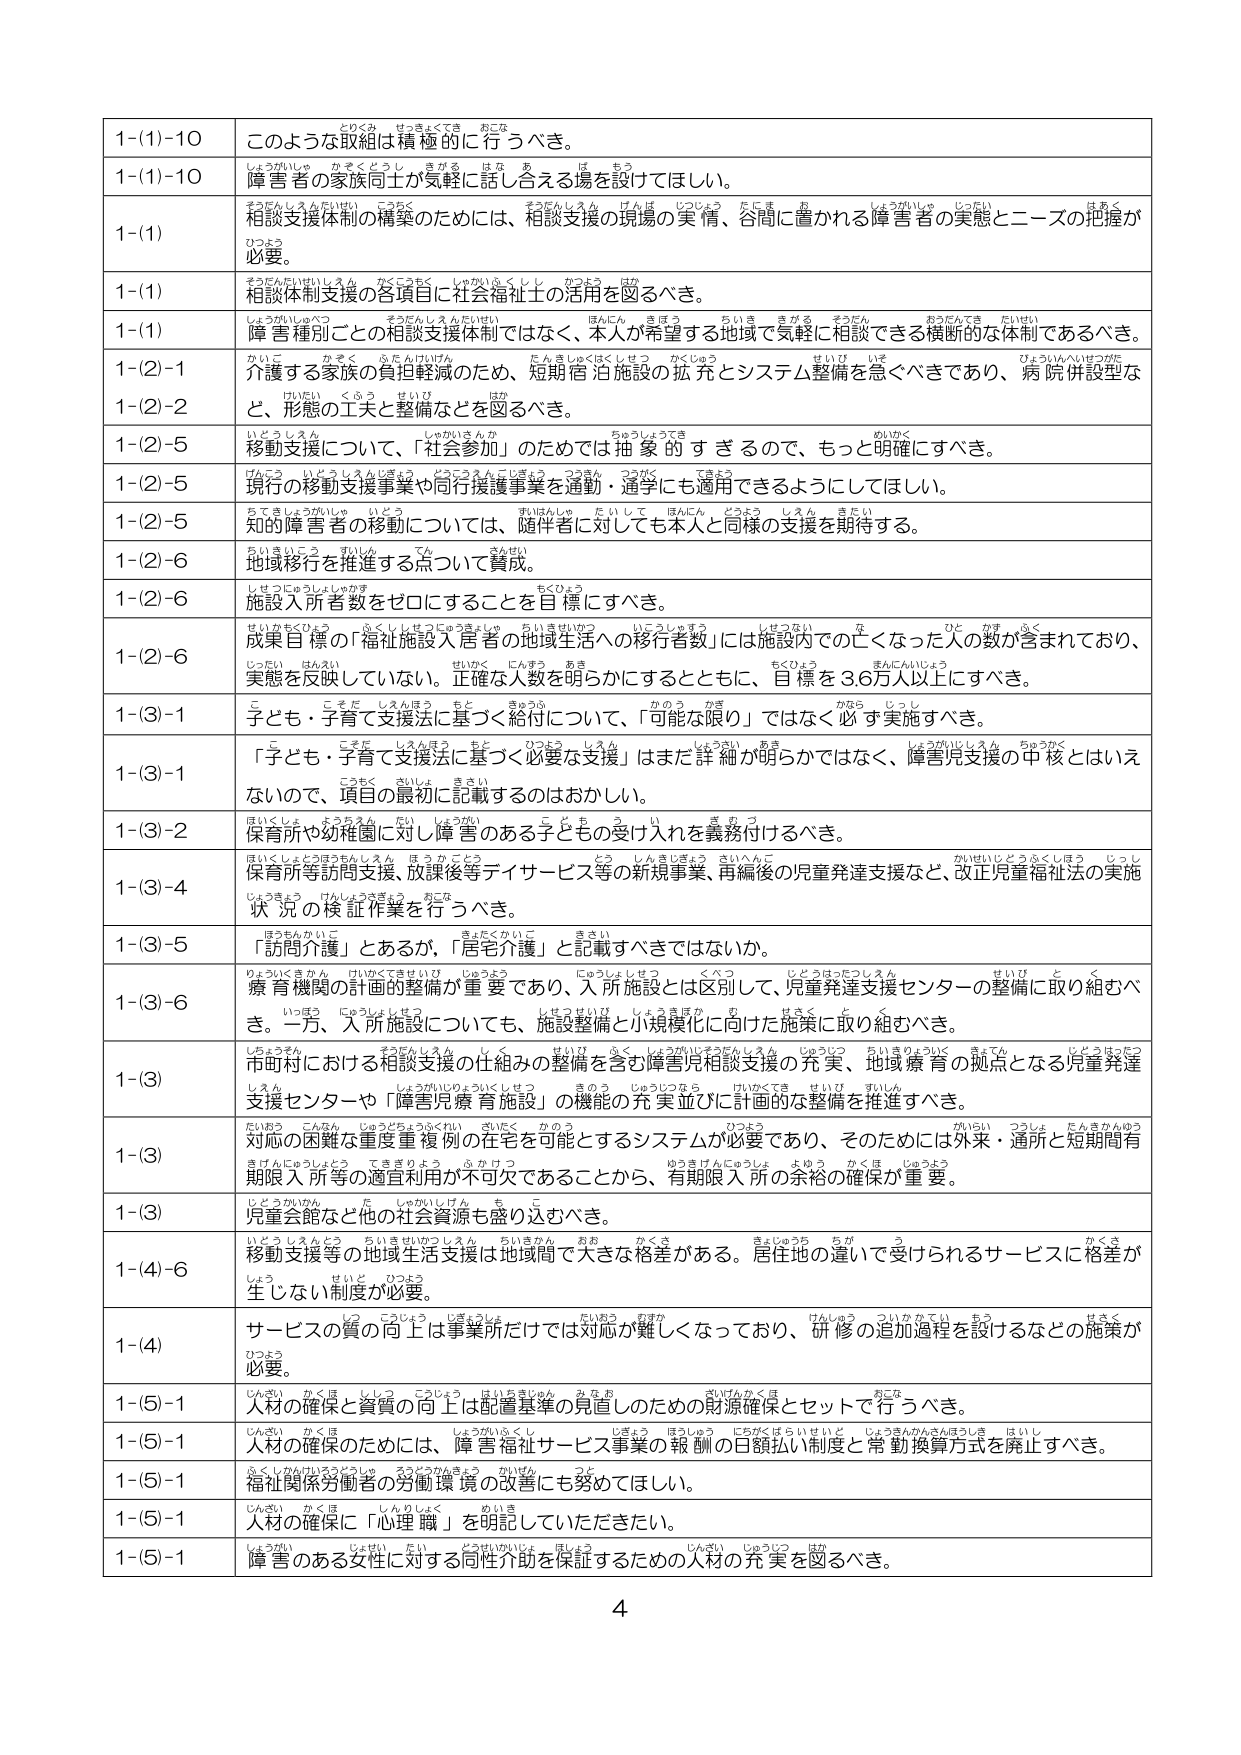
1-(1)-10 このような取組は積極的に行うべき。
1-(1)-10 障害者の家族同士が気軽に話し合える場を設けてほしい。
1-(1) 相談支援体制の構築のためには、相談支援の現場の実情、谷間に置かれる障害者の実態とニーズの把握が必要。
1-(1) 相談体制支援の各項目に社会福祉士の活用を図るべき。
1-(1) 障害種別ごとの相談支援体制ではなく、本人が希望する地域で気軽に相談できる横断的な体制であるべき。
1-(2)-1 介護する家族の負担軽減のため、短期宿泊施設の拡充とシステム整備を急ぐべきであり、病院併設型など、形態の工夫と整備などを図るべき。
1-(2)-5 移動支援について、「社会参加」のためでは抽象的すぎるので、もっと明確にすべき。
1-(2)-5 現行の移動支援事業や同行援護事業を通勤・通学にも適用できるようにしてほしい。
1-(2)-5 知的障害者の移動については、随伴者に対しても本人と同様の支援を期待する。
1-(2)-6 地域移行を推進する点について賛成。
1-(2)-6 施設入所者数をゼロにすることを目標にすべき。
1-(2)-6 成果目標の「福祉施設入居者の地域生活への移行者数」には施設内での亡くなった人数が含まれており、実態を反映していない。正確な人数を明らかにするとともに、目標を3.6万人以上にすべき。
1-(3)-1 子ども・子育て支援法に基づく給付について、「可能な限り」ではなく必ず実施すべき。
1-(3)-1 「子ども・子育て支援法に基づく必要な支援」はまだ詳細が明らかではなく、障害児支援の中核とはいえないのて、項目の最初に記載するのはおかしい。
1-(3)-2 保育所や幼稚園に対し障害のある子どもへの受け入れを義務付けるべき。
1-(3)-4 保育所等訪問支援、放課後等デイサービス等の新規事業、再編後の児童発達支援など、改正児童福祉法の実施状況の検証作業を行うべき。
1-(3)-5 「訪問介護」とあるが、「居宅介護」と記載すべきではないか。
1-(3)-6 療育機関の計画的整備が重要であり、入所施設とは区別して、児童発達支援センターの整備に取り組むべき。一方、入所施設についても、施設整備と小規模化に向けた施策に取り組むべき。
1-(3) 市町村における相談支援の仕組みの整備を含む障害児相談支援の充実、地域療育の拠点となる児童発達支援センターや「障害児療育施設」の機能の充実並びに計画的な整備を推進すべき。
1-(3) 対応の困難な重度重複例の在宅を可能とするシステムが必要であり、そのためには外来・通所と短期間有期限入所等の適宜利用が不可欠であることから、有期限入所の余裕の確保が重要。
1-(3) 児童会館など他の社会資源も盛り込むべき。
1-(4)-6 移動支援等の地域生活支援は地域間で大きな格差がある。居住地の違いで受けられるサービスに格差が生じない制度が必要。
1-(4) サービスの質の向上は事業所だけでは対応が難しくなっており、研修の追加過程を設けるなどの施策が必要。
1-(5)-1 人材の確保と質の向上は配置基準の見直しのための財源確保とセットで行うべき。
1-(5)-1 人材の確保のためには、障害福祉サービス事業の報酬の日額払い制度と常勤換算方式を廃止すべき。
1-(5)-1 福祉関係労働者の労働環境の改善にも努めてほしい。
1-(5)-1 人材の確保に「心理職」を明記していただきたい。
1-(5)-1 障害のある女性に対する同性介助を保証するための人材の充実を図るべき。
4